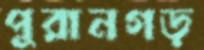
পুরানগড়